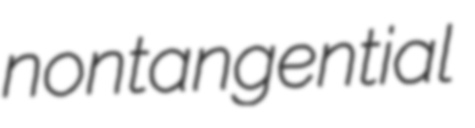
nontangential